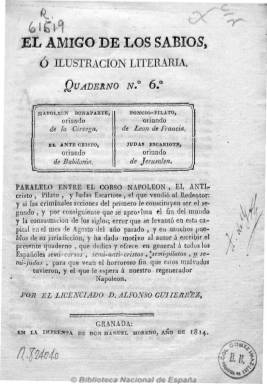
Título: El Amigo de los sabios o Ilustración literaria
Otros títulos: Ilustración literaria
Colección: Revistas de información general
Ámbito geográfico: Granada
Lugar de publicación: Granada
Fechas: 01/01/1814-31/12/1814

Obra periódica en la que el licenciado Alfonso Gutiérrez, miembro del Colegio de Abogados de Granada, escribe una serie de artículos de carácter político, religioso, literario y moralista sobre las cuestiones y costumbres sociales de la época. Con cierto bagaje erudito e ilustrado y contrario al barroquismo pero también al siglo que califica de “hierro”, escribe sobre serviles y liberales o cómo debían ser los perfectos letrados, jueces o eclesiásticos, y contra Napoleón y el espíritu que lo sustentaba, emparentándolo con el Anticristo. Se difundía gratis entre los abogados, ministros de la audiencia y eclesiásticos. Numerado en cuadernos, en el sexto se despide su autor anunciando la suspensión por tener que acudir a “ciertos cuidados políticos”. Sin embargo la colección la integran los cuadernos 1 a 4 en 1813 y los números 5 a 8, en 1814. La colección más completa se encuentra en la Hemeroteca del Museo Casa de los Tiros de Granada. Fue estampado en varias imprentas, entre estas la de Manuel Moreno y Francisco Gómez Espinosa de los Monteros. La paginación es muy variada.